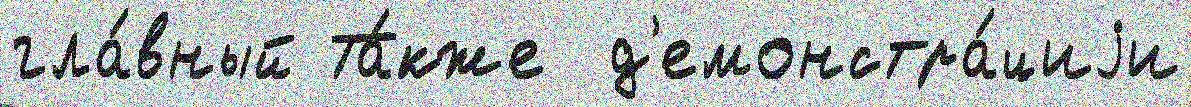
гла́вный Та́кже  д'емонстра́циjи